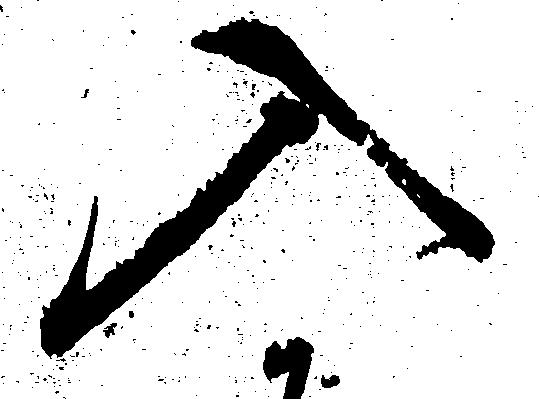
入